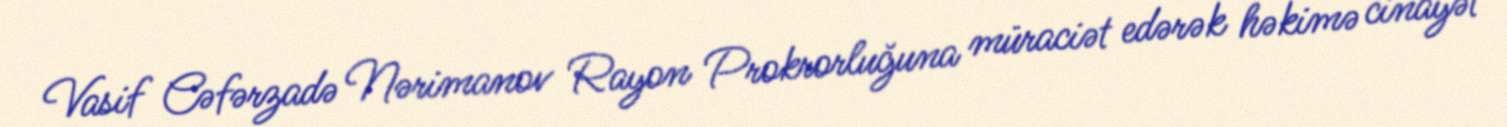
Vasif Cəfərzadə Nərimanov Rayon Prokrorluğuna müraciət edərək həkimə cinayət